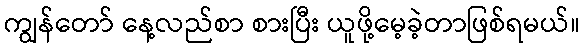
ကျွန်တော် နေ့လည်စာ စားပြီး ယူဖို့မေ့ခဲ့တာဖြစ်ရမယ်။